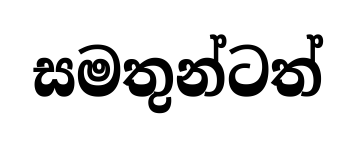
සමතුන්ටත්